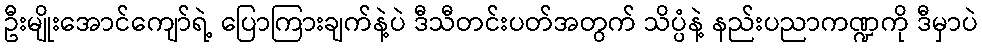
ဦးမျိုးအောင်ကျော်ရဲ့ ပြောကြားချက်နဲ့ပဲ ဒီသီတင်းပတ်အတွက် သိပ္ပံနဲ့ နည်းပညာကဏ္ဍကို ဒီမှာပဲ